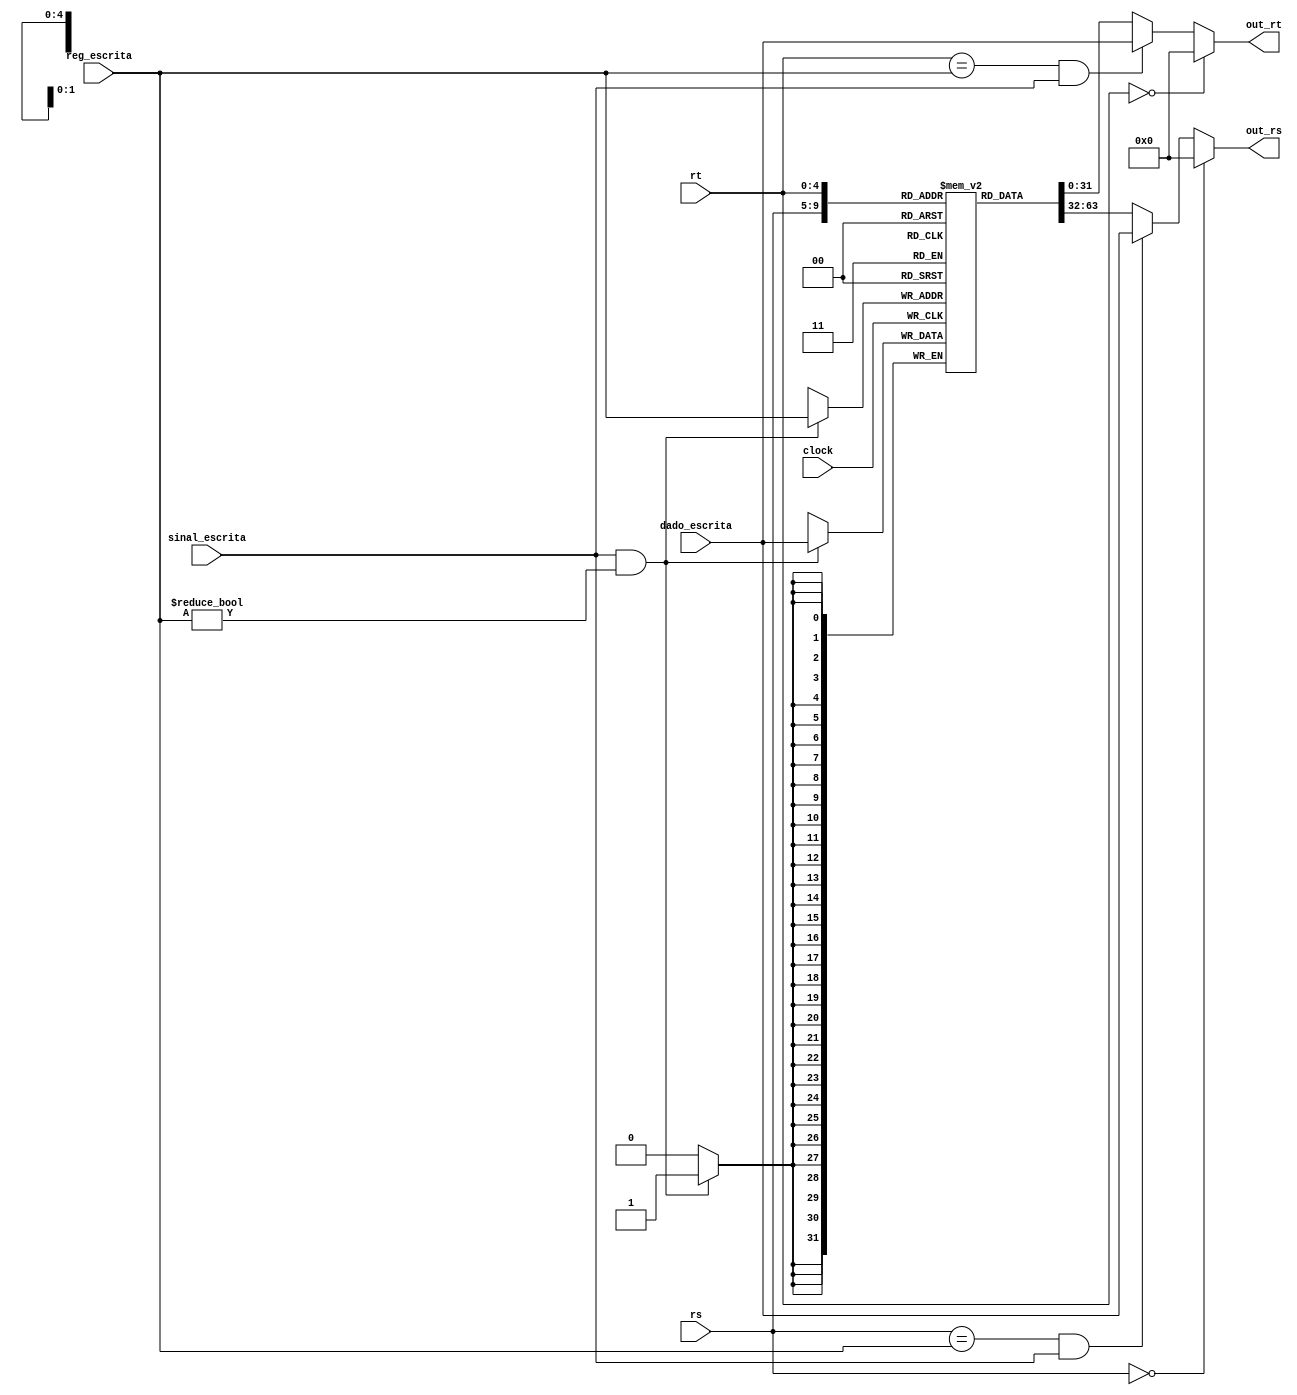
module BancoDeRegistradores(input sinal_escrita, clock,
														input[4:0] rs, rt, reg_escrita,
														input[31:0] dado_escrita,
														output[31:0] out_rs, out_rt);
	reg [31:0] registradores [0:31];

	reg [31:0] dado1, dado2;

	always @(*) begin
		if (rs == 5'b00000)
			dado1 <= 32'd0;
		else if ((rs == reg_escrita) && sinal_escrita)
      dado1 <= dado_escrita;
		else
			dado1 <= registradores[rs][31:0];

		if (rt == 5'b00000)
			dado2 <= 32'd0;
		else if ((rt == reg_escrita) && sinal_escrita)
      dado2 <= dado_escrita;
		else
			dado2 <= registradores[rt][31:0];
	end


	assign out_rs = dado1;
	assign out_rt = dado2;

	always @ (posedge clock) begin
		if (sinal_escrita && reg_escrita != 5'd0)
			registradores[reg_escrita] <= dado_escrita;
	end
endmodule